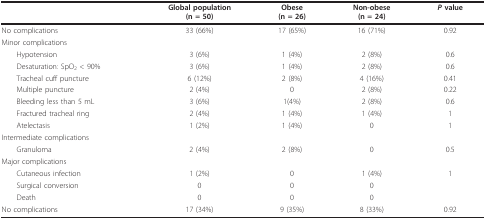
|  | Global population(n = 50) | Obese(n = 26) | Non-obese(n = 24) | P value |
 | --- | --- | --- | --- | --- |
 | No complications | 33 (66%) | 17 (65%) | 16 (71%) | 0.92 |
 | Minor complications |  |  |  |  |
 | Hypotension | 3 (6%) | 1 (4%) | 2 (8%) | 0.6 |
 | Desaturation: SpO2 < 90% | 3 (6%) | 1 (4%) | 2 (8%) | 0.6 |
 | Tracheal cuff puncture | 6 (12%) | 2 (8%) | 4 (16%) | 0.41 |
 | Multiple puncture | 2 (4%) | 0 | 2 (8%) | 0.22 |
 | Bleeding less than 5 mL | 3 (6%) | 1(4%) | 2 (8%) | 0.6 |
 | Fractured tracheal ring | 2 (4%) | 1 (4%) | 1 (4%) | 1 |
 | Atelectasis | 1 (2%) | 1 (4%) | 0 | 1 |
 | Intermediate complications |  |  |  |  |
 | Granuloma | 2 (4%) | 2 (8%) | 0 | 0.5 |
 | Major complications |  |  |  |  |
 | Cutaneous infection | 1 (2%) | 0 | 1 (4%) | 1 |
 | Surgical conversion | 0 | 0 | 0 |  |
 | Death | 0 | 0 | 0 |  |
 | No complications | 17 (34%) | 9 (35%) | 8 (33%) | 0.92 |